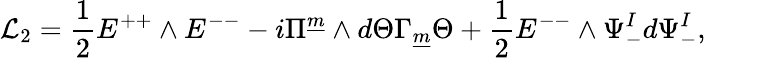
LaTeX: {\cal L}_{2}={\frac{1}{2}}E^{++}\wedge E^{--}-i\Pi^{\underline{{{m}}}}\wedge d\Theta\Gamma_{\underline{{{m}}}}\Theta+{\frac{1}{2}}E^{--}\wedge\Psi_{-}^{I}d\Psi_{-}^{I},\qquad